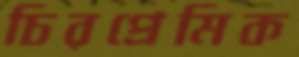
চিরপ্রেমিক